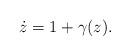
LaTeX: \begin{align*}\dot{z}= 1+\gamma(z).\end{align*}